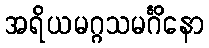
အရိယမဂ္ဂသမင်္ဂိနော